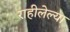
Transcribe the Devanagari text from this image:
राहीलेल्या